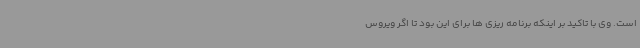
است. وی با تاکید بر اینکه برنامه ریزی ها برای این بود تا اگر ویروس